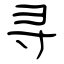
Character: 寻